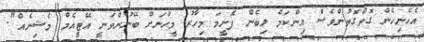
އެހެނިހެން ގޮތްގޮތުންވެސް އިންކަމް ލިބެން ފެށީމަ މިހާރު މީހުނަށް ބޭނުންވަނީ އޭޓީއެމް މެޝިނެއް".